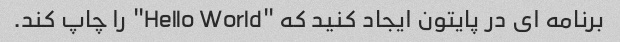
برنامه ای در پایتون ایجاد کنید که "Hello World" را چاپ کند.